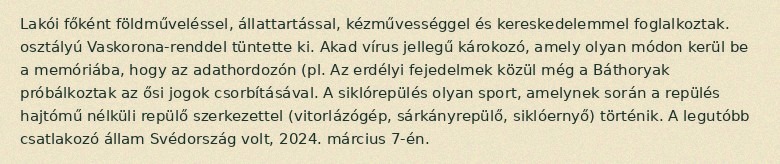
Lakói főként földműveléssel, állattartással, kézművességgel és kereskedelemmel foglalkoztak. osztályú Vaskorona-renddel tüntette ki. Akad vírus jellegű károkozó, amely olyan módon kerül be a memóriába, hogy az adathordozón (pl. Az erdélyi fejedelmek közül még a Báthoryak próbálkoztak az ősi jogok csorbításával. A siklórepülés olyan sport, amelynek során a repülés hajtómű nélküli repülő szerkezettel (vitorlázógép, sárkányrepülő, siklóernyő) történik. A legutóbb csatlakozó állam Svédország volt, 2024. március 7-én.